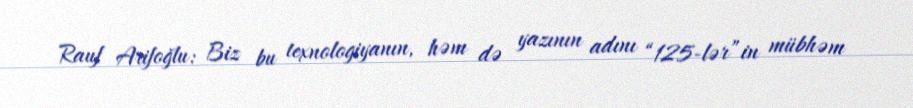
Rauf Arifoğlu: Biz bu texnologiyanın, həm də yazının adını “125-lər”in mübhəm